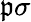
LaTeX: \mathfrak{p}\sigma